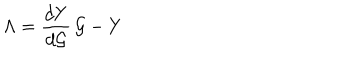
\Lambda = \frac { d Y } { d { \cal G } } \, { \cal G } - Y